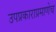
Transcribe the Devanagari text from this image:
उपप्रकाराप्रमाणेच